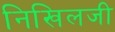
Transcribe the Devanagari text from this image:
निखिलजी